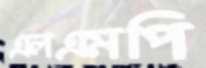
এলএমপি